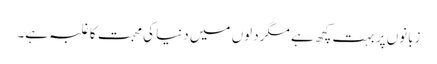
زبانوں پر بہت کچھ ہے مگر دلوں میں دنیا کی محبت کا غلبہ ہے۔